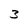
Character: 3